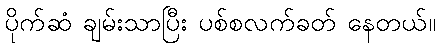
ပိုက်ဆံ ချမ်းသာပြီး ပစ်စလက်ခတ် နေတယ်။